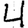
Digit: 4